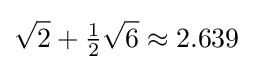
{\sqrt {2}}+{\tfrac {1}{2}}{\sqrt {6}}\approx 2.639